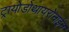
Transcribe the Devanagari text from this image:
ट्रायोडोथायरोनाईन